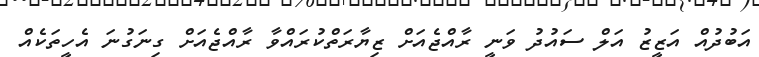
އަބުދުއް އަޒީޒު އަލް ސައުދު ވަނީ ރާއްޖެއަށް ޒިޔާރަތްކުރައްވާ ރާއްޖެއަށް ގިނަގުނަ އެހީތަކެއް